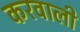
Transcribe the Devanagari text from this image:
करवाली